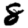
Digit: 8